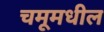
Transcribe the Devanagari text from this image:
चमूमधील